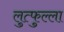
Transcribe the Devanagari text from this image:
लुत्फुल्ला